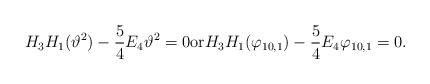
LaTeX: \begin{align*}H_3H_{1}(\vartheta^2)-\frac 54 E_4\vartheta^2=0{\rm or} H_3H_{1}(\varphi_{10,1})-\frac 54 E_4\varphi_{10,1}=0.\end{align*}